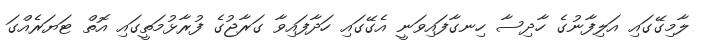
ލާމިގޭގައި އަލިފާނުގެ ހާދިސާ ހިނގާފައިވަނީ އެގޭގައި ހަދާފައިވާ ގަރާޖުގެ ފުރާޅުމަތީގައި އޮތް ޓަޔަރެއްގަ